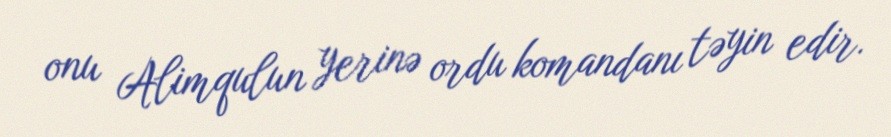
onu Alimqulun yerinə ordu komandanı təyin edir.